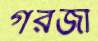
গরজী